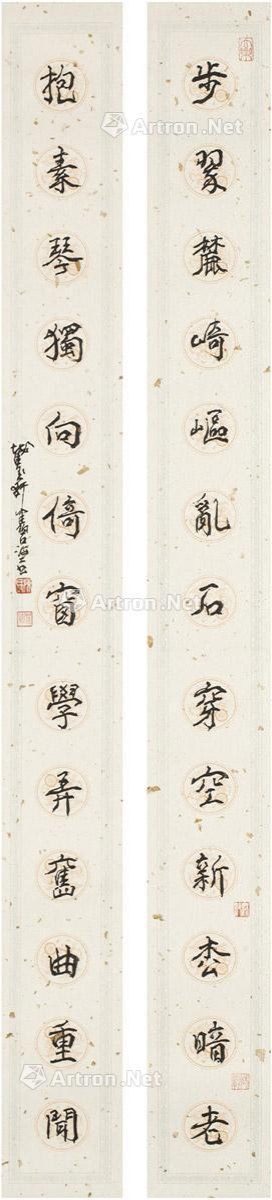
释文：步翠麓崎岖乱石穿空新松暗老，抱素琴独向倚窗学弄旧曲重闻。截玉轩健碧海上书。